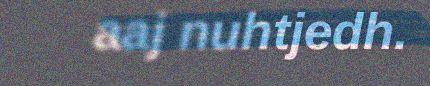
aaj nuhtjedh.